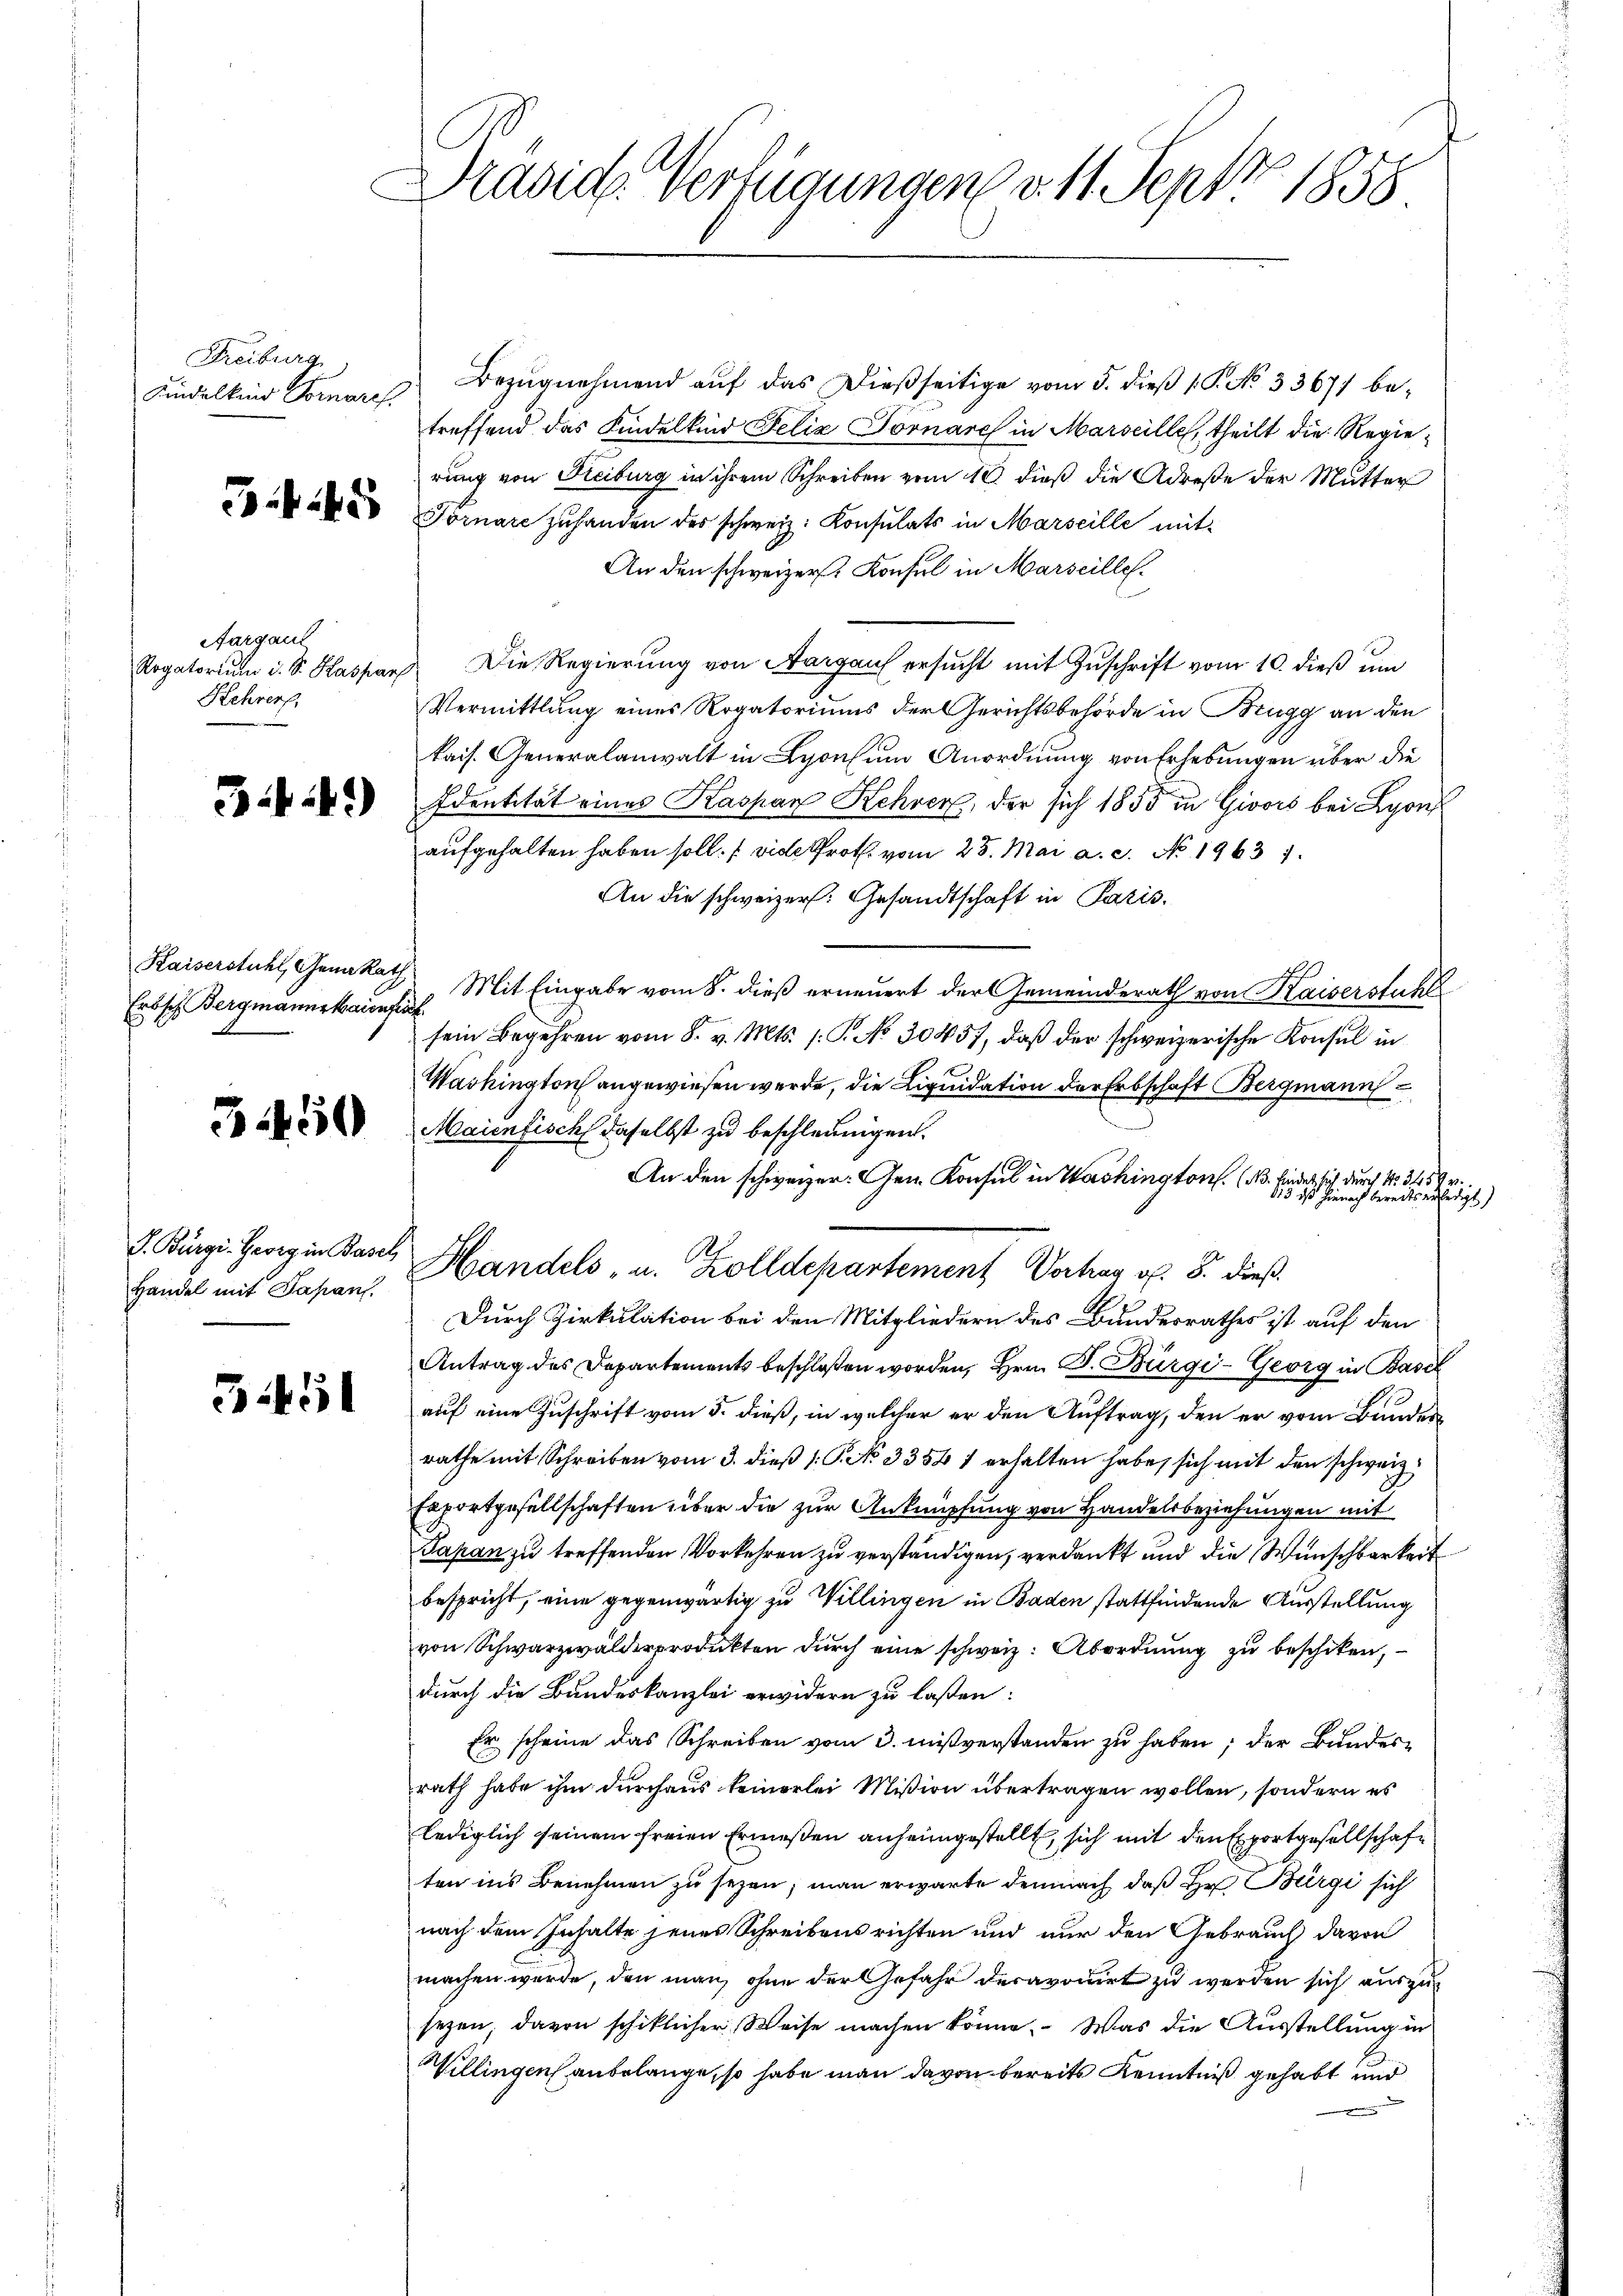
Freiburg
Kindelkind Fornaref

Aargaul
Kehrers,

34)

Erbsch Bergmannstaienfit

Handel mit Japans.

Böl

Präsid. Verfügungen v. 11. Sept 1858

Bezugnehmend auf das dießseitige vom 5. dieß (T. No 33671 betreffend das Kindelkind Felix Tornarch in Marseille, theilt die Regierung von Freiburg in ihrem Schreiben vom 10. dieß die Adrese der Mutter
a Tomare zu handen der schweiz. Konsulats in Marseille mit¬
An den schweizer. Konsul in Marseille.
Rogatoriŭm i. S. Kaspar Die Regierŭng von Aargauf ersŭcht mit Zŭschrift vom 10. dieβ ŭm
Vermittlung eines Rogatoriums der Gerichtsbehörde in Brugg an den
kais. Generalanwalt in Lyonsum Anordnung von Erhebungen über die
Identität eines Kaspar Kehrer, der sich 1855 in Givors bei Lyon
aufgehalten haben soll. (vide Prof. vom 25. Mai a. c. No. 19631.
An die schweizer: Gesandtschaft in Paris.
Kaiserstuhl, Genakath. Mit Eingabe vom 8. dieß erneuert der Gemeinderath von Kaiserstuhl
sein Begehren vom 8. v. Mts. s. P. No 30457, daβ der schweizerische Konsul in
Washington angewiesen werde, die Liquidation der Erbschaft Bergmann
 2 Maienfisch daselbst zu beschleunigen.
An den schweizer. Gen. Konsul in Washington. (N. finder sich durch No. 3450 r.
J. Bürgi. Georg in Basel Handels- u. Zolldepartement Vortrag v. 8. dieß
Durch Zirkulation bei den Mitgliedern des Bundesrathes ist auf den
Antrag des Departements beschloßen worden, Hrn. F. Bürgi-Georg in Basel
auf eine Zuschrift vom 5. dieß, in welcher er den Auftrag, den er vom Bundes
rathe mit Schreiben vom 3. dieß P. No 3354 1 erhalten habe, sich mit den schweiz
Exportgesellschaften über die zur Anknüpfung von Handelsbeziehungen mit
Japan zu treffenden Vorkehren zu verständigen, verdankt und die Wunschbarkeit
bespricht, eine gegenwärtig zu Willingen in Baden stattfindende Ausstellung
von Schwarzwalderprodukten durch eine schweiz. Abordnung zu beschiken,
durch die Bundeskanzlei erwidern zu laßen:
Er scheine das Schreiben vom 3. Mißverstanden zu haben; der Bundesrath habe ihm durchaus keinerlei Mißion übertragen wollen, sondern es
lediglich seinem freien Ermeßen anheimgestellt, sich mit den Exportgesellschafe
ten ins Benehmen zu seyen; man erwarte demnach daß Hr Bürgi sich
nach dem Inhalte jenes Schreibensrichten und nur den Gebrauch davon
machen wurde, den man, ohne der Gefahr deravouirt zu werden sich auszug
sezen davon schiklicher Weise machen könne. Was die Ausstellung in
Willingen anbelange, so habe man davon bereits Kenntniß gehabt und
x

ist hienach bereits erledigt)